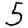
Digit: 5